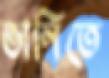
ভানিতে